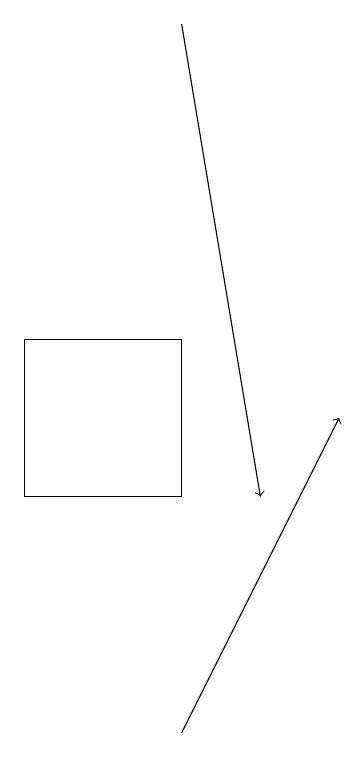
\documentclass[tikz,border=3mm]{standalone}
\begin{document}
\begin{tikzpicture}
\draw[->] (7,10) -- (9,14);
\draw (7,13) rectangle (5,15);
\draw[->] (7,19) -- (8,13);
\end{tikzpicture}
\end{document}